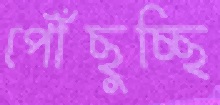
পৌঁছুচ্ছি